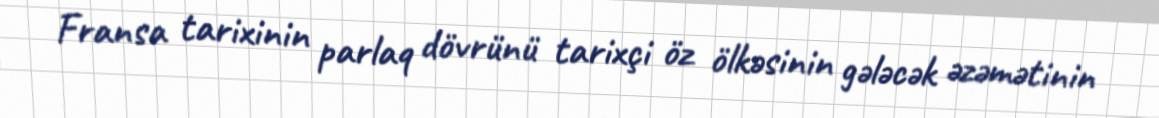
Fransa tarixinin parlaq dövrünü tarixçi öz ölkəsinin gələcək əzəmətinin